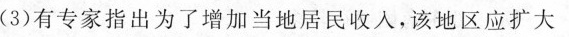
(3)有专家指出为了增加当地居民收入，该地区应扩大